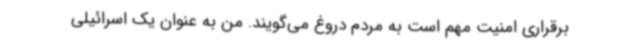
برقراری امنیت مهم است به مردم دروغ می‌گویند. من به عنوان یک اسرائیلی